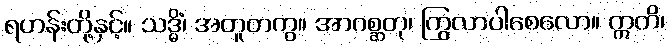
ရဟန်းတို့နှင့်။ သဒ္ဓိံ၊ အတူတကွ။ အာဂစ္ဆတု၊ ကြွလာပါစေလော။ ဣတိ၊